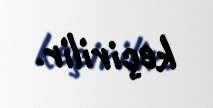
keçirilir.